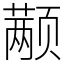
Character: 颟